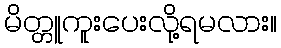
မိတ္တူကူးပေးလို့ရမလား။